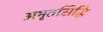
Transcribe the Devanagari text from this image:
अमृतसिद्धि